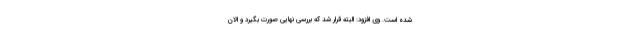
شده است. وی افزود: البته قرار شد که بررسی نهایی صورت بگیرد و الان